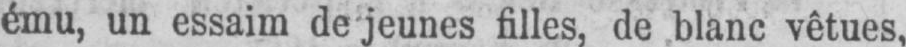
ému, un essaim de jeunes filles, de blanc vêtues,